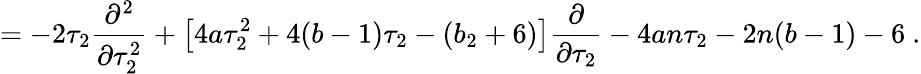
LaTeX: =-2\tau_{2}\frac{\partial^{2}}{\partial\tau_{2}^{2}}+\left[4a\tau_{2}^{2}+4(b-1)\tau_{2}-(b_{2}+6)\right]\frac{\partial}{\partial\tau_{2}}-4an\tau_{2}-2n(b-1)-6\ .